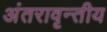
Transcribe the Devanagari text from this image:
अंतरावृन्तीय